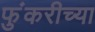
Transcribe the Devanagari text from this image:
फुंकरीच्या